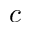
c